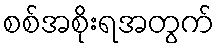
စစ်အစိုးရအတွက်